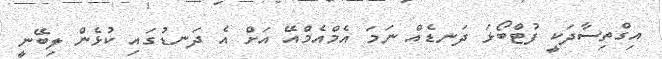
އިގްތިސާދަކީ ފުޓްބޯޅަ ދަނޑެއް ނަމަ އެމްއެމްއޭ އަށް އެ ދަނޑުގައި ކުޅެން ލިބޭނީ